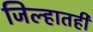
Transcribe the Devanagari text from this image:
जिल्हातही